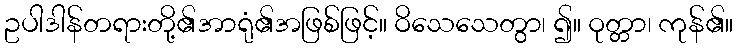
ဥပါဒါန်တရားတို့၏အာရုံ၏အဖြစ်ဖြင့်။ ဝိသေသေတွာ၊ ၍။ ဝုတ္တာ၊ ကုန်၏။